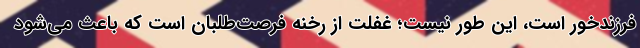
فرزندخور است، این طور نیست؛ غفلت از رخنه فرصت‌طلبان است که باعث می‌شود